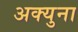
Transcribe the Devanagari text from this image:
अक्युना